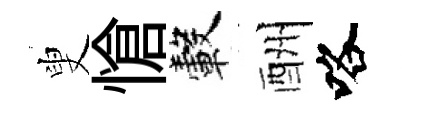
叟愴轂酬咯